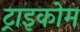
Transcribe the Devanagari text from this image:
ट्राइकोम